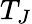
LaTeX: T_{J}